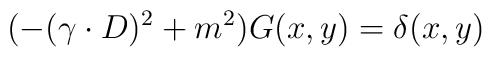
(-(\gamma\cdot D)^{2} + m^{2}) G(x,y) = \delta(x,y)